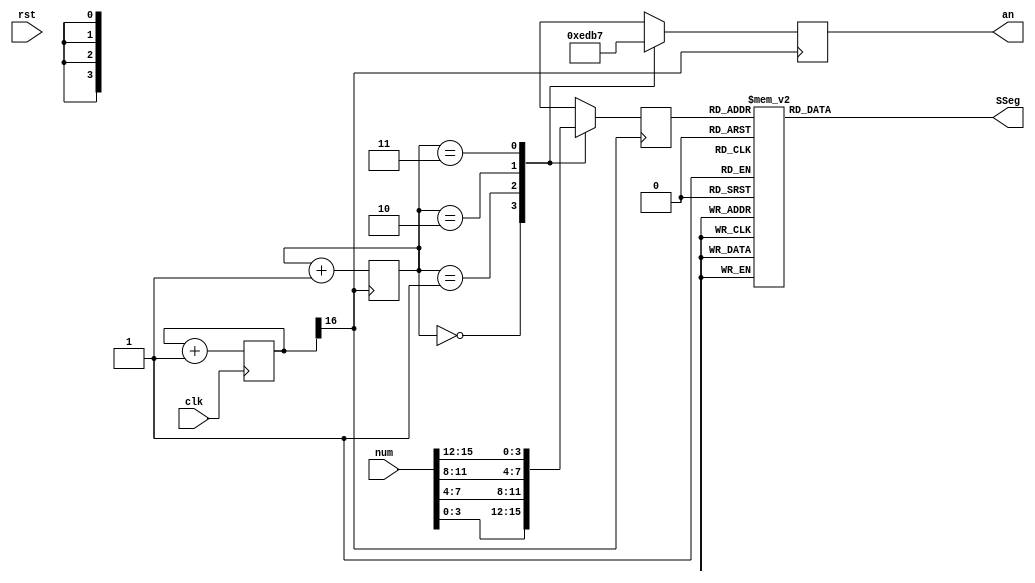
module display (num, clk, SSeg, an, rst);

  input [15:0] num;
  input clk;
  input rst;
  output reg [6:0] SSeg;
  output reg [3:0] an;


reg [3:0]BCD=0;

reg [26:0] cfreq=0;
wire enable;


assign enable = cfreq[16];

always @(posedge clk) begin
		cfreq <=cfreq+1;
end

reg [1:0] count =0;
always @(posedge enable) begin
			count<= count+1;
			an<=4'b1101;
			case (count)
				2'h0: begin BCD <= num[3:0];   an<=4'b1110; end
				2'h1: begin BCD <= num[7:4];   an<=4'b1101; end
				2'h2: begin BCD <= num[11:8];  an<=4'b1011; end
				2'h3: begin BCD <= num[15:12]; an<=4'b0111; end
			endcase
end




always @ ( * ) begin
  case (BCD)
    4'b0000: SSeg = 7'b1000000; // "0"
	4'b0001: SSeg = 7'b1111001; // "1"
	4'b0010: SSeg = 7'b0100100; // "2"
	4'b0011: SSeg = 7'b0110000; // "3"
	4'b0100: SSeg = 7'b0011001; // "4"
	4'b0101: SSeg = 7'b0010010; // "5"
	4'b0110: SSeg = 7'b0000010; // "6"
	4'b0111: SSeg = 7'b1111000; // "7"
	4'b1000: SSeg = 7'b0000000; // "8"
	4'b1001: SSeg = 7'b0011000; // "9"
       4'ha: SSeg = 7'b0001000; // "10"
       4'hb: SSeg = 7'b0000011; // "11"
       4'hc: SSeg = 7'b0100111; // "12"
       4'hd: SSeg = 7'b0100001; // "13"
       4'he: SSeg = 7'b0000100; // "14"
       4'hf: SSeg = 7'b0001110; // "15"
    default:
    SSeg = 0;
    endcase
end

endmodule